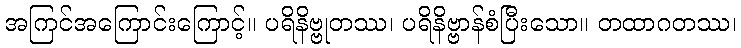
အကြင်အကြောင်းကြောင့်။ ပရိနိဗ္ဗုတဿ၊ ပရိနိဗ္ဗာန်စံပြီးသော။ တထာဂတဿ၊